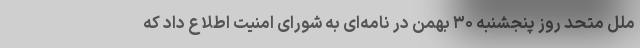
ملل متحد روز پنجشنبه ۳۰ بهمن در نامه‌ای به شورای امنیت اطلاع داد که